[Report on the health of British troops in the Madras command]
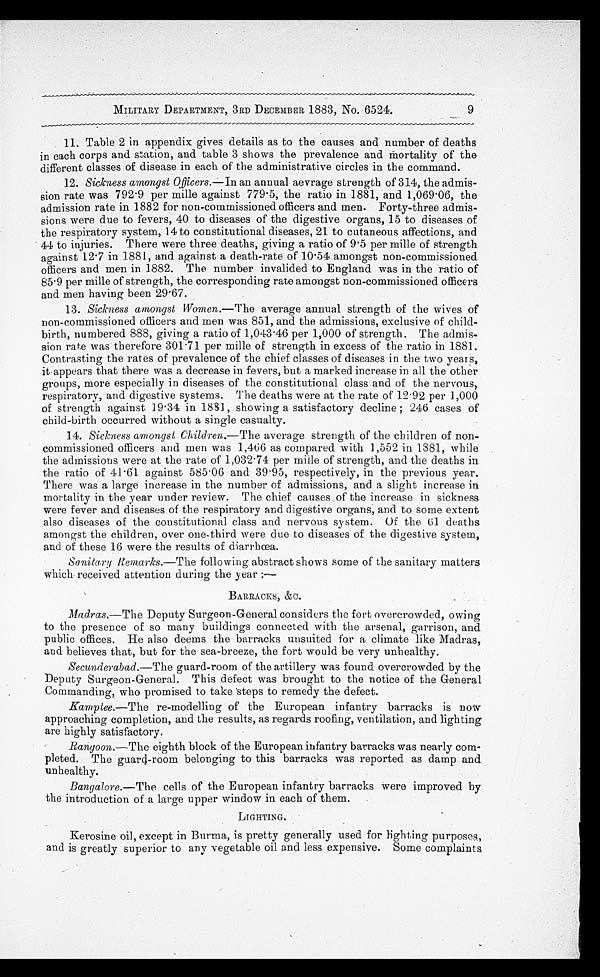
MILITARY DEPARTMENT, 3RD DECEMBER 1883, No. 6524.
9
11. Table 2 in appendix gives details as to the causes and number of deaths
in each corps and station, and table 3 shows the prevalence and mortality of the
different classes of disease in each of the administrative circles in the command.
12.
Sickness amongst Officers.—In an annual aevrage strength of 314, the admis
- s i o n r a t e w a s 7 9 2 . 9 p e r m i l l e a g a i n s t 7 7 9 . 5 , t h e r a t i o i n 1 8 8 1 , a n d 1 , 0 6 9 . 0 6 , t h e
admission rate in 1882 for non-commissioned officers and men. Forty-three admis
- s i o n s w e r e d u e t o f e v e r s , 4 0 t o d i s e a s e s o f t h e d i g e s t i v e o r g a n s , 1 5 t o d i s e a s e s o f
the respiratory system, 14 to constitutional diseases, 21 to cutaneous affections, and
44 to injuries. There were three deaths, giving a ratio of 9.5 per mille of strength
against 12.7 in 1881, and against a death-rate of 10.54 amongst non-commissioned
officers and men in 1882. The number invalided to England was in the ratio of
85.9 per mille of strength, the corresponding rate amongst non-commissioned officers
and men having been 29.67.
13.
Sickness amongst Women .—The average annual strength of the wives of
non-commissioned officers and men was 851, and the admissions, exclusive of child
- birth, numbered 888, giving a ratio of 1,043.46 per 1,000 of strength. The admis-
sion rate was therefore 301.71 per mille of strength in excess of the ratio in 1881.
Contrasting the rates of prevalence of the chief classes of diseases in the two years,
it appears that there was a decrease in fevers, but a marked increase in all the other
groups, more especially in diseases of the constitutional class and of the nervous,
respiratory, and digestive systems. The deaths were at the rate of 12.92 per 1,000
of strength against 19.34 in 1881, showing a satisfactory decline; 246 cases of
child-birth occurred without a single casualty.
14. Sickness amongst Children.— The average strength of the children of non-
commissioned officers and men was 1,466 as compared with 1,552 in 1881, while
the admissions were at the rate of 1,032.74 per mille of strength, and the deaths in
the ratio of 41.61 against 585.06 and 39.95, respectively, in the previous year.
There was a large increase in the number of admissions, and a slight increase in
mortality in the year under review. The chief causes of the increase in sickness
were fever and diseases of the respiratory and digestive organs, and to some extent
also diseases of the constitutional class and nervous system. Of the 61 deaths
amongst the children, over one-third were due to diseases of the digestive system,
and of these 16 were the results of diarrhœa.
Sanitary Remarks.—The following abstract shows some of the sanitary matters
which received attention during the year:—
BARRACKS, &C.
Madras.—The Deputy Surgeon-General considers the fort overcrowded, owing
to the presence of so many buildings connected with the arsenal, garrison, and
public offices. He also deems the barracks unsuited for a climate like Madras,
and believes that, but for the sea-breeze, the fort would be very unhealthy.
Secunderabad.—The guard-room of the artillery was found overcrowded by the
Deputy Surgeon-General. This defect was brought to the notice of the General
Commanding, who promised to take steps to remedy the defect.
Kamptee. —The re-modelling of the European infantry barracks is now
approaching completion, and the results, as regards roofing, ventilation, and lighting
are highly satisfactory.
Rangoon.— The eighth block of the European infantry barracks was nearly com
- p l e t e d . T h e g u a r d - r o o m b e l o n g i n g t o t h i s b a r r a c k s w a s r e p o r t e d a s d a m p a n d
unhealthy.
Bangalore. —The cells of the European infantry barracks were improved by
the introduction of a large upper window in each of them.
LIGHTING.
Kerosine oil, except in Burma, is pretty generally used for lighting purposes,
and is greatly superior to any vegetable oil and less expensive. Some complaints